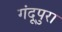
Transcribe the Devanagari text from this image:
गंदूपुरा